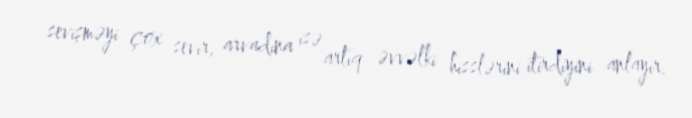
sevişməyi çox sevir, arvadına isə artıq əvvəlki hisslərini itirdiyini anlayır.